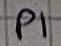
Text: P1